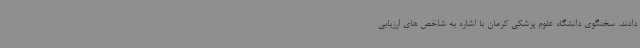
دادند. سخنگوی دانشگاه علوم پزشکی کرمان با اشاره به شاخص های ارزیابی